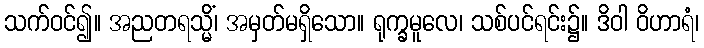
သက်ဝင်၍။ အညတရသ္မိံ၊ အမှတ်မရှိသော။ ရုက္ခမူလေ၊ သစ်ပင်ရင်း၌။ ဒိဝါ ဝိဟာရံ၊